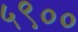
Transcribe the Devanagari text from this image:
५९००